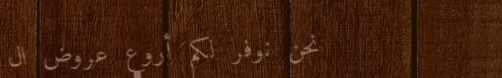
نحن نوفر لكم أروع عروض ال